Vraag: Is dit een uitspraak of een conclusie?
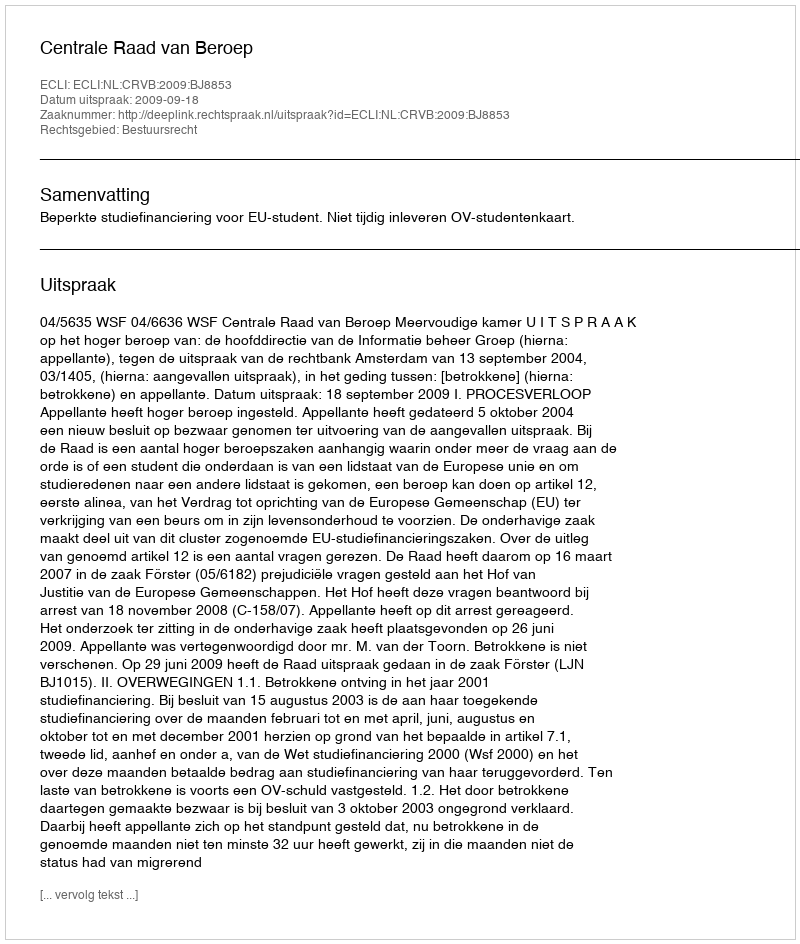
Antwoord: Uitspraak